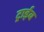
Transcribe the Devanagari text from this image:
ट्राईब